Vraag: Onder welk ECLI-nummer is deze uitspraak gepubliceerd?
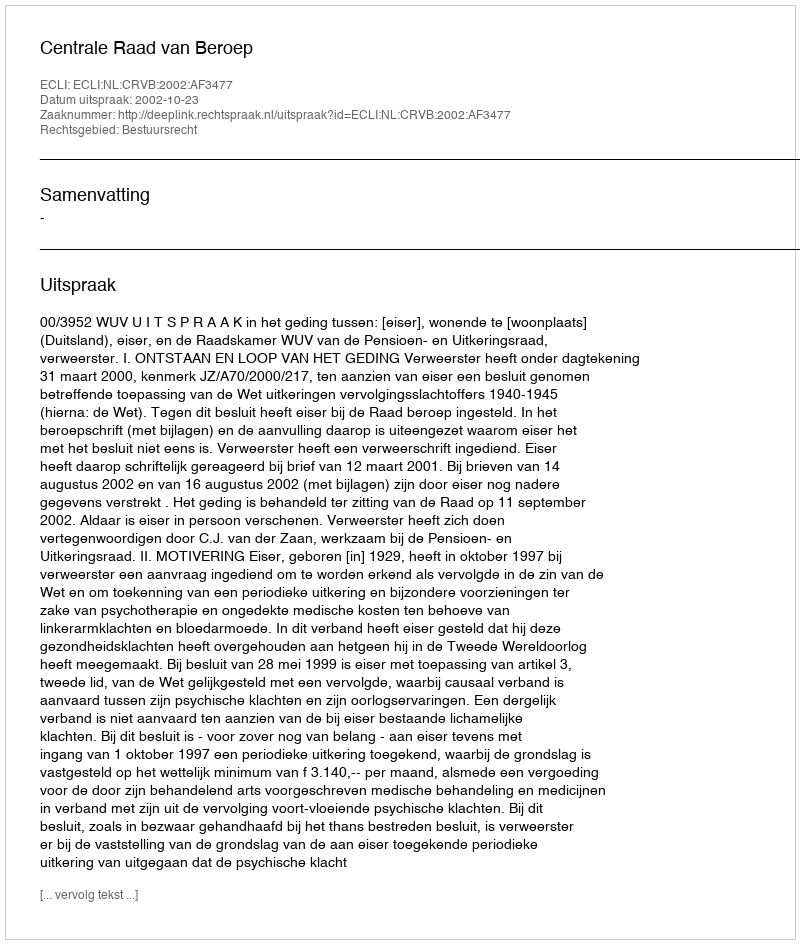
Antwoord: ECLI:NL:CRVB:2002:AF3477